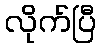
လိုက်ပြီ